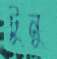
টুনু